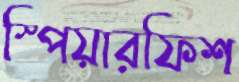
স্পিয়ারফিশ